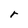
Character: r